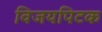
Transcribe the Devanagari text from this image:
विजयपिटक